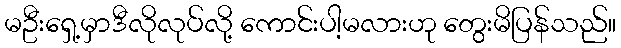
မဦးရှေ့မှာဒီလိုလုပ်လို့ ကောင်းပါ့မလားဟု တွေးမိပြန်သည်။